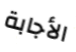
الأجابة